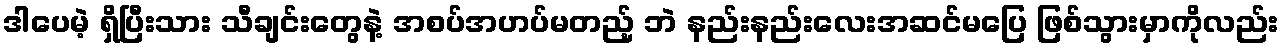
ဒါပေမဲ့ ရှိပြီးသား သီချင်းတွေနဲ့ အစပ်အဟပ်မတည့် ဘဲ နည်းနည်းလေးအဆင်မပြေ ဖြစ်သွားမှာကိုလည်း